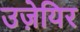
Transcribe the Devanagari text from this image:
उज़ेयिर